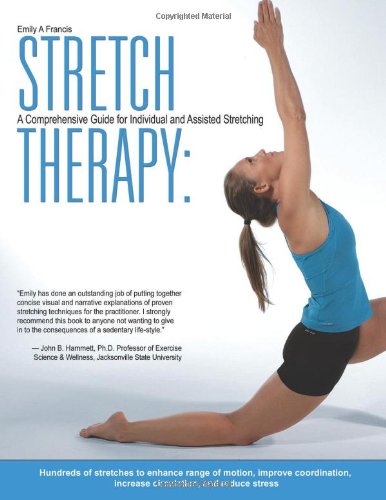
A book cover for Stretch Therapy: A Comprehensive Guide to Individual and Assisted Stretching; Emily Francis; Health, Fitness & Dieting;